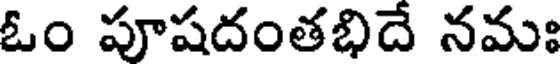
ఓం పూషదంతభిదే నమః